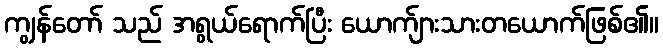
ကျွန်တော် သည် အရွယ်ရောက်ပြီး ယောက်ျားသားတယောက်ဖြစ်၏။